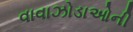
વાવાઝોડાઓની